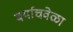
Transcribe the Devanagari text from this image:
बर्याचवेळा